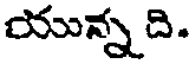
యున్న ది.